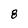
Character: 8